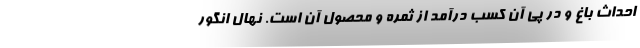
احداث باغ و در پی آن کسب درآمد از ثمره و محصول آن است. نهال انگور